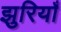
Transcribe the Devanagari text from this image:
झुरियाँ